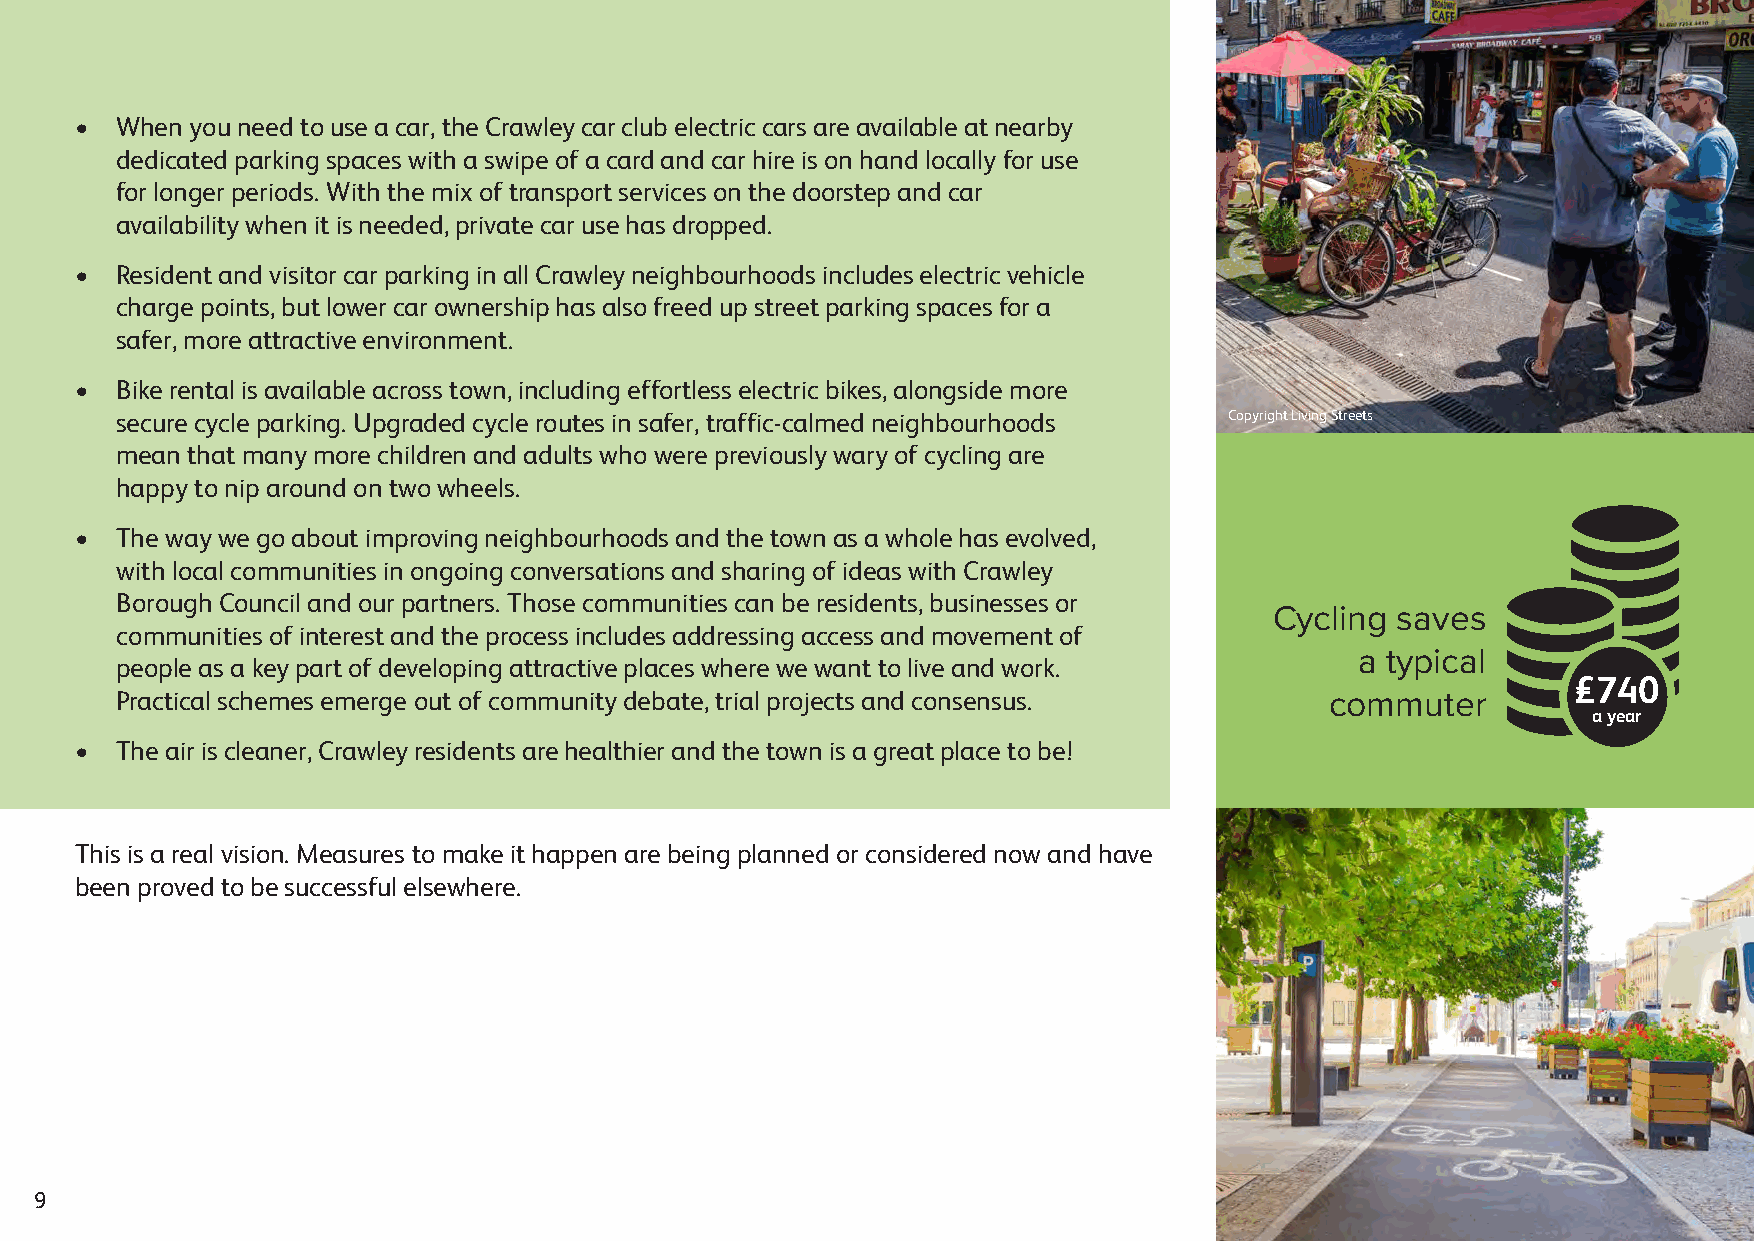
•  When you need to use a car, the Crawley car club electric cars are available at nearby
 dedicated parking spaces with a swipe of a card and car hire is on hand locally for use
 for longer periods. With the mix of transport services on the doorstep and car
 availability when it is needed, private car use has dropped.
 •  Resident and visitor car parking in all Crawley neighbourhoods includes electric vehicle
 charge points, but lower car ownership has also freed up street parking spaces for a
 safer, more attractive environment.
 •  Bike rental is available across town, including effortless electric bikes, alongside more
 secure cycle parking. Upgraded cycle routes in safer, traffic-calmed neighbourhoods Copyright Living Streets
 mean that many more children and adults who were previously wary of cycling are
 happy to nip around on two wheels.
 •  The way we go about improving neighbourhoods and the town as a whole has evolved,
 with local communities in ongoing conversations and sharing of ideas with Crawley
 Borough Council and our partners. Those communities can be residents, businesses or
 Cycling saves
 communities of interest and the process includes addressing access and movement of
 a typical
 people as a key part of developing attractive places where we want to live and work.
 £740
 Practical schemes emerge out of community debate, trial projects and consensus. commuter
 a year
 •  The air is cleaner, Crawley residents are healthier and the town is a great place to be!
 This is a real vision. Measures to make it happen are being planned or considered now and have
 been proved to be successful elsewhere.
 9